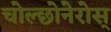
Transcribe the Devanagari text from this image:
चोल्छोनेरोस्